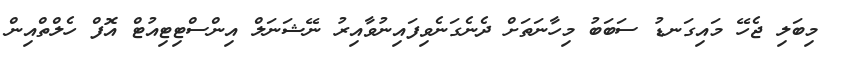
މިބަލި ޖެހޭ މައިގަނޑު ސަބަބު މިހާނަތަށް ދެނެގަނެވިފައިނުވާއިރު ނޭޝަނަލް އިންސްޓިޓިއުޓް އޮފް ހެލްތްއިން